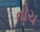
તોચ